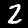
Digit: 2